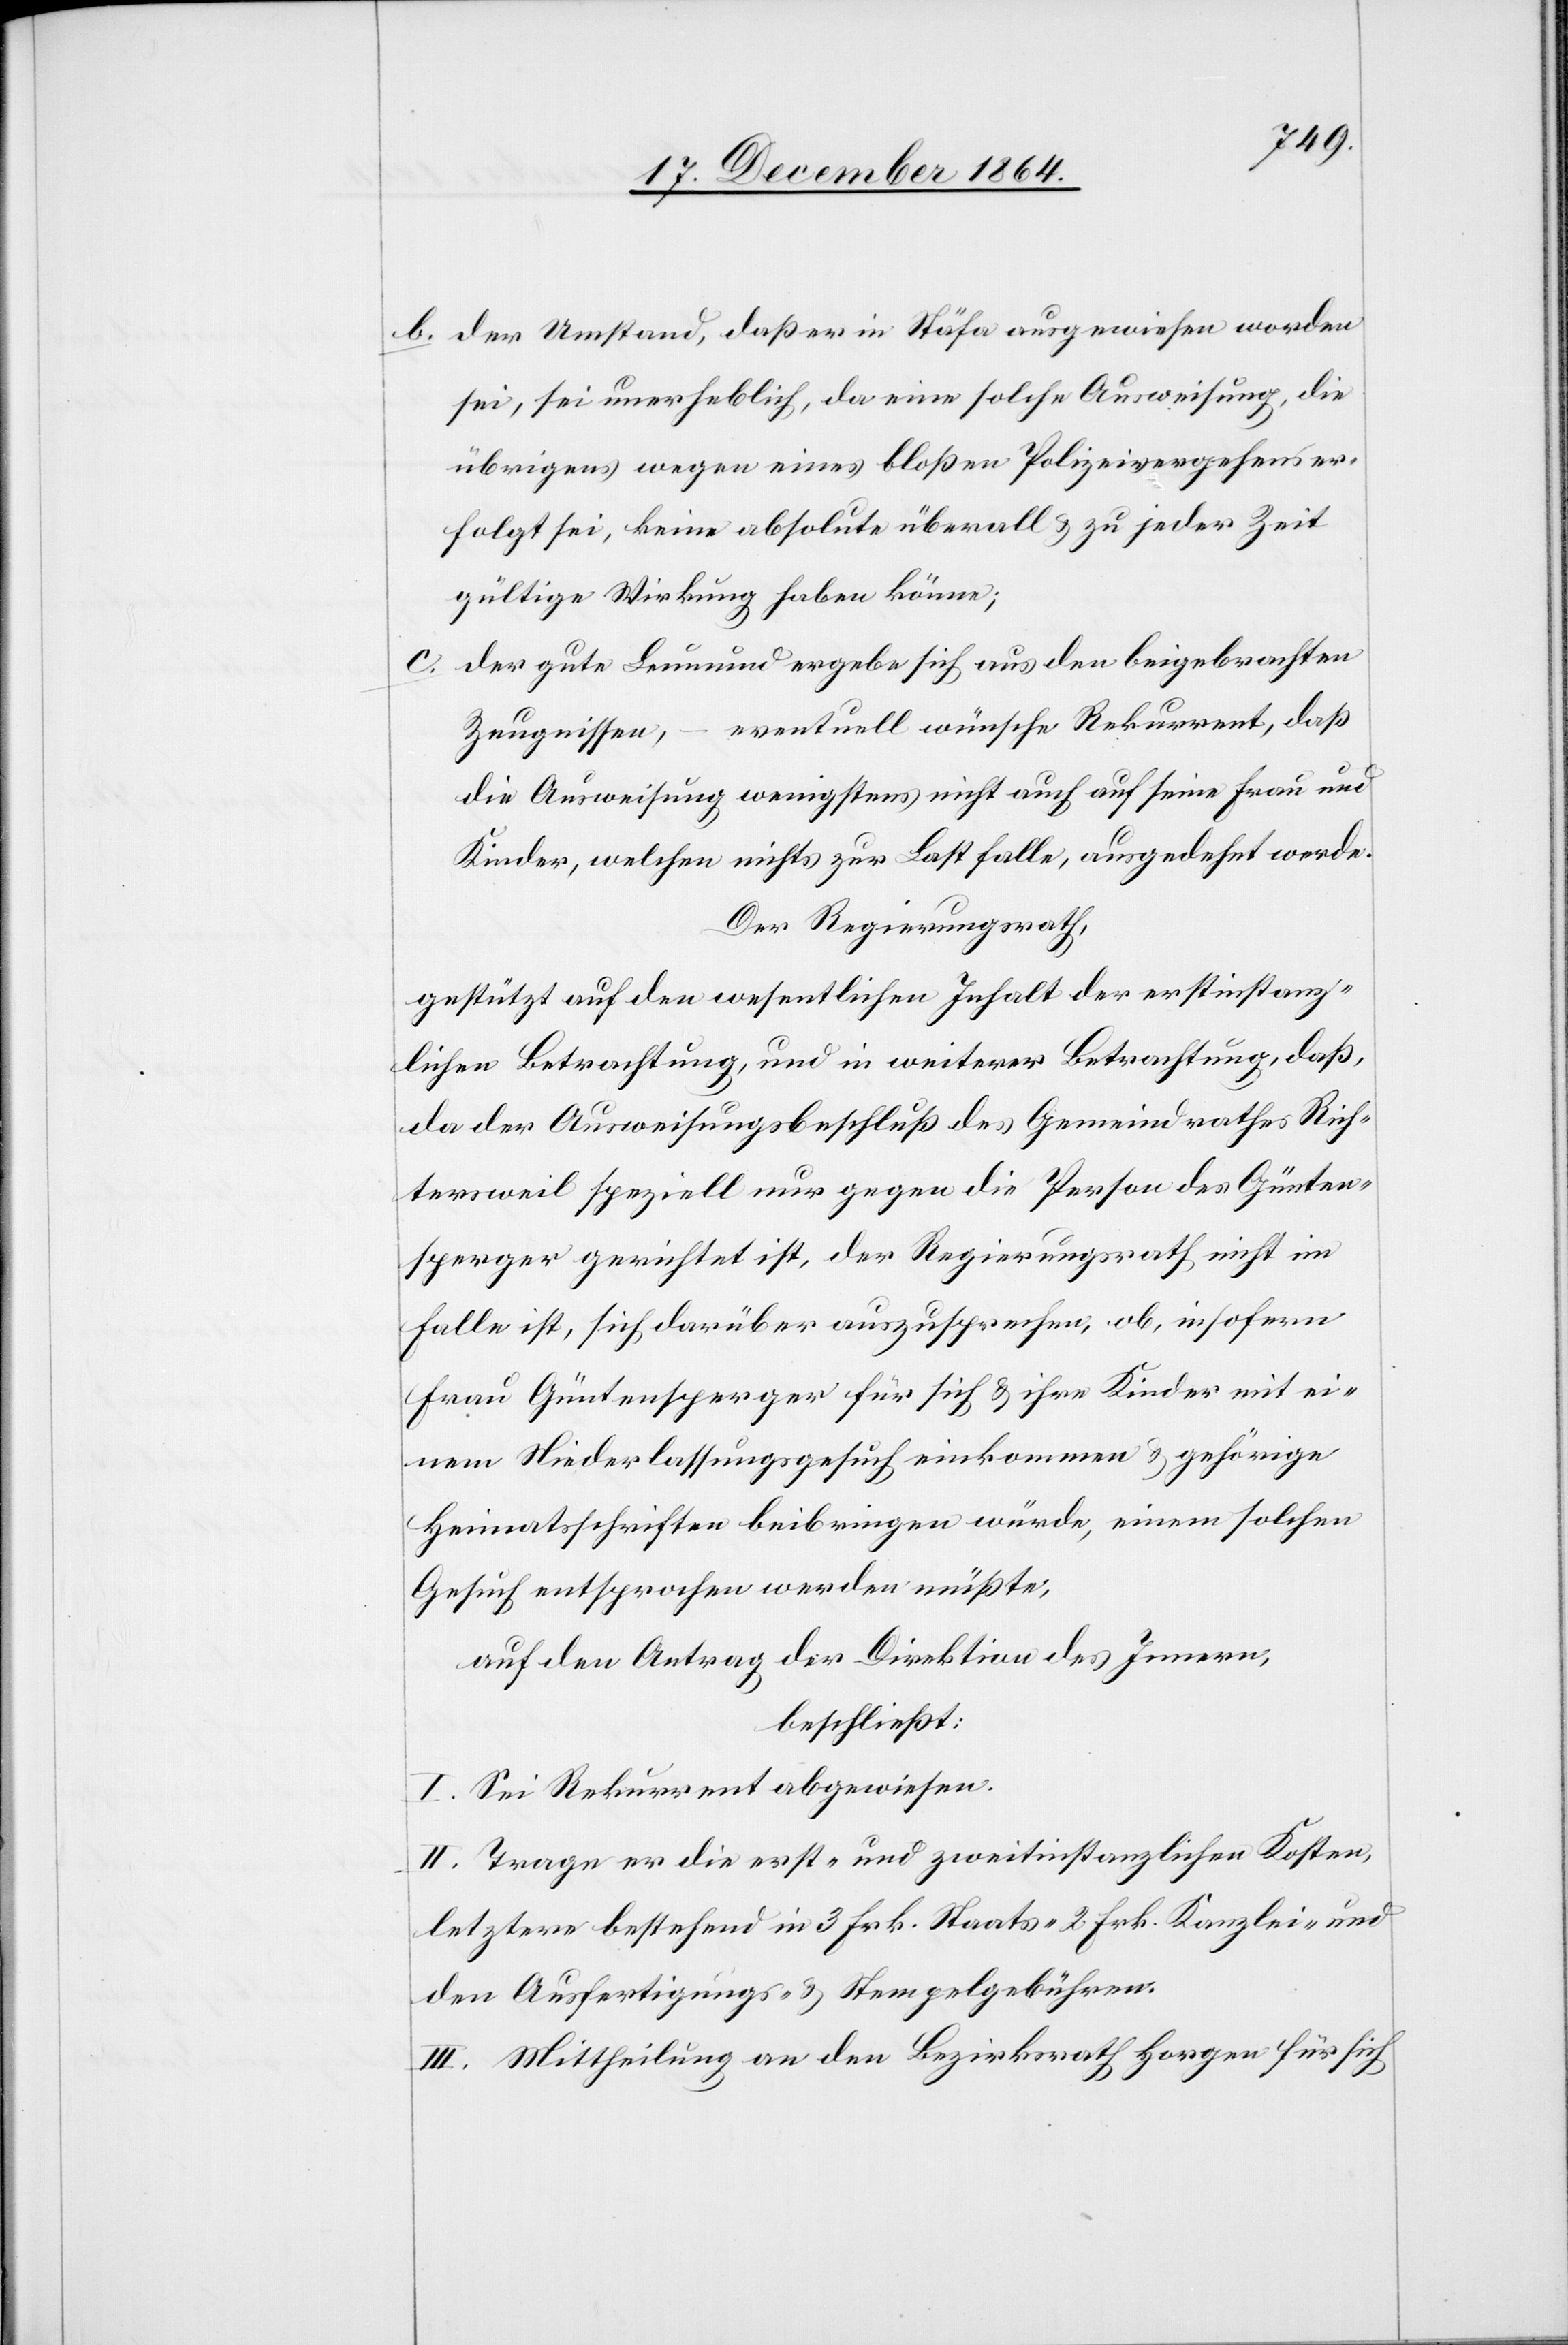
b. der Umstand, daß er in Stäfa ausgewiesen worden
sei, sei unerheblich, da eine solche Ausweisung, die
übrigens wegen eines bloßen Polizeivergehens er¬
folgt sei, keine absolute überall & zu jeder Zeit
gültige Wirkung haben könne;
der gute Leumund ergebe sich aus den beigebrachten
Zeugnissen, – eventuell wünsche Rekurrent, daß
die Ausweisung wenigstens nicht auch auf seine Frau und
Kinder, welchen nichts zur Last falle, ausgedehnt werde.
Der Regierungsrath,
gestützt auf den wesentlichen Inhalt der erstinstanz¬
lichen Betrachtung, und in weiterer Betrachtung, daß,
da der Ausweisungsbeschluß des Gemeindrathes Rich¬
tersweil spezielle nur gegen die Person des Günten¬
sperger gerichtet ist, der Regierungsrath nicht im
Falle ist, sich darüber auszusprechen, ob, insofern
Frau Güntensperger für sich & ihre Kinder mit ei¬
nem Niederlassungsgesuch einkommen & gehörige
Heimatsschriften beibringen würde, einem solchen
Gesuch entsprochen werden müßte,
auf den Antrag der Direktion des Innern,
beschließt:
I. Sei Rekurrent abgewiesen.
II. Trage er die erst- und zweitinstanzlichen Kosten,
letztere bestehend in 3 Frk. Staats- 2 Frk. Kanzlei- und
den Ausfertigungs- & Stempelgebühren.
III. Mittheilung an den Bezirksrath Horgen für sich